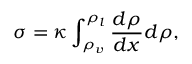
\sigma = \kappa \int _ { \rho _ { v } } ^ { \rho _ { l } } \frac { d \rho } { d x } d \rho ,